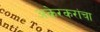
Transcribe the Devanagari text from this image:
अकेरकरांचा